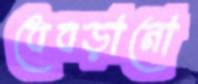
ধেবড়ানো